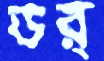
ডর্